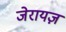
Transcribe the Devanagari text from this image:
जेरायज़